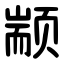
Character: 颛